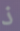
ذ